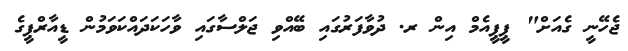
ޖެހޭނީ ގެއަށް" ޕީޕީއެމް އިން ރ. ދުވާފަރުގައި ބޭއްވި ޖަލްސާގައި ވާހަކަދައްކަވަމުން ޑީއާރްޕީގެ